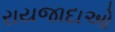
રાયજાદાઓ